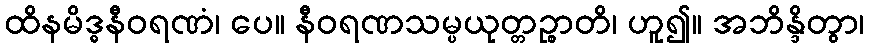
ထိနမိဒ္ဓနီဝရဏံ၊ ပေ။ နီဝရဏသမ္ပယုတ္တဉ္စာတိ၊ ဟူ၍။ အဘိန္ဒိတွာ၊